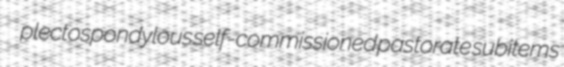
plectospondylous self-commissioned pastorate subitems